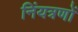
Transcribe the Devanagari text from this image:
निंयत्रणों